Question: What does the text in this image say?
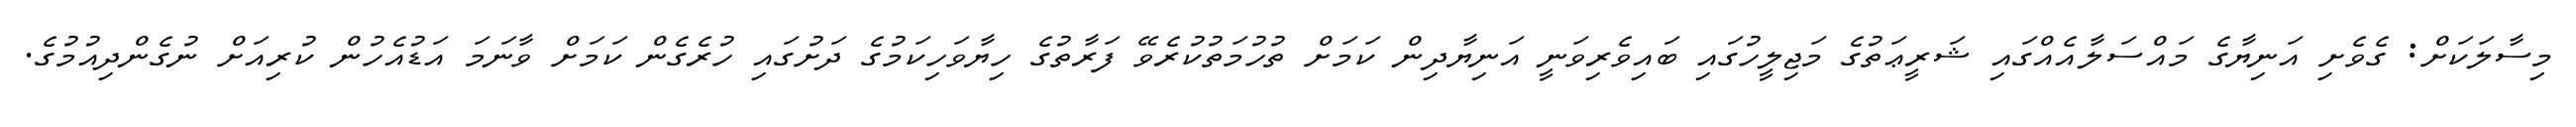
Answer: މިސާލަކަށް: ގެވެށި އަނިޔާގެ މައްސަލާއެއްގައި ޝަރީޢަތުގެ މަޖިލީހުގައި ބައިވެރިވަނީ އަނިޔާދިން ކަމަށް ތުހުމަތުކުރެވޭ ފަރާތުގެ ހިޔާވަހިކަމުގެ ދަށުގައި ހުރެގެން ކަމަށް ވާނަމަ އަޑުއެހުން ކުރިއަށް ނުގެންދިއުމުގެ.